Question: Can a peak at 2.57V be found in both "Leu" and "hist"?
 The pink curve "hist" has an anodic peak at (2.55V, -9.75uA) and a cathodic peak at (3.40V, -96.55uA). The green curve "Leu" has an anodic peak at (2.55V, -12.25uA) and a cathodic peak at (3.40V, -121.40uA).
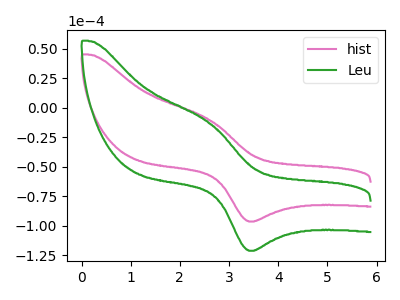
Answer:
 <answer>Yes, "Leu" and "hist" share a peak at 2.57V.</answer>
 <eval>match</eval>